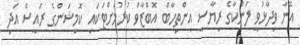
އޭނާ ވިދާޅުވީ ލަންކާގެ ރިޔާސީ އިންތިހާބް އޮބްޒާވް ކުރުމަށްޓަކައި ކޮމިޝަންގެ ރައީސް އަދި